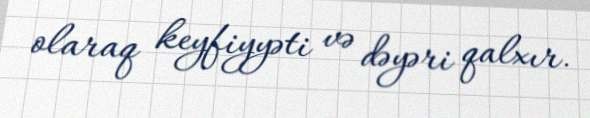
olaraq keyfiyyəti və dəyəri qalxır.